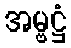
အမ္ဗဋ္ဌံ